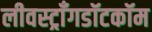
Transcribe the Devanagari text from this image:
लीवस्ट्राँगडॉटकॉम